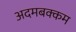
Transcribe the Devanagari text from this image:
अदमबक्कम